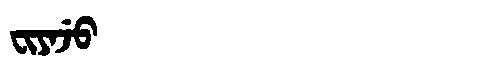
Manchu: ᠸᡳᠶᠠᠵᡠ
Romanization: FIYAJU